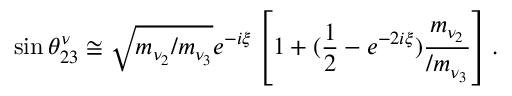
\sin \theta _ { 2 3 } ^ { \nu } \cong \sqrt { m _ { \nu _ { 2 } } / m _ { \nu _ { 3 } } } e ^ { - i \xi } \left[ 1 + ( \frac { 1 } { 2 } - e ^ { - 2 i \xi } ) \frac { m _ { \nu _ { 2 } } } { / m _ { \nu _ { 3 } } } \right] .